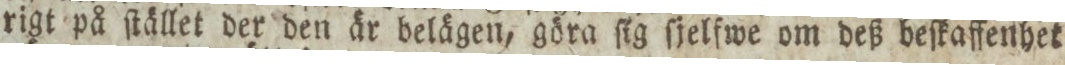
rigt på ſtället der den är belägen, göra ſig ſjelfwe om deß beſkaffenhet